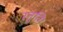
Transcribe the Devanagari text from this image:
स्तुति।